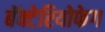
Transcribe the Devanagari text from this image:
बॅक्टेरियोफेग